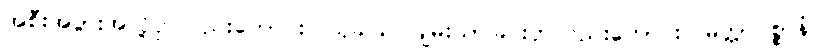
အစီးအပွားအလို့ငှာလည်းကောင်း။ သုခါယ၊ ချမ်းသာခြင်းငှာလည်းကောင်း။ မိတ္တာပစ္စာနံ၊